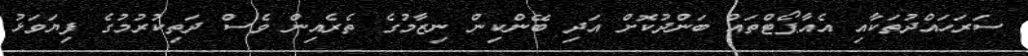
ސަރަހައްދުތަކާއި އެއާޕޯޓްތައް ބަންދުކޮށް އަދި ބޭންކިން ނިޒާމުގެ ތެރެއިން ވެސް ދަތިކުރުމުގެ ފިޔަވަޅު